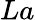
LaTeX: La